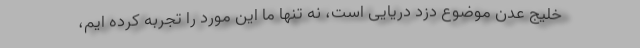
خلیج عدن موضوع دزد دریایی است، نه تنها ما این مورد را تجربه کرده ایم،